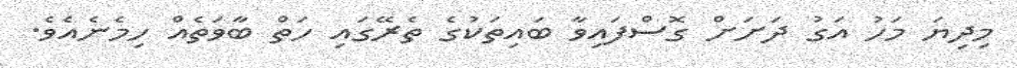
މިދިޔަ މަހު އަގު ދަށަށް ގޮސްފައިވާ ބައިތަކުގެ ތެރޭގައި ހަތް ބާވަތެއް ހިމެނެއެވެ.